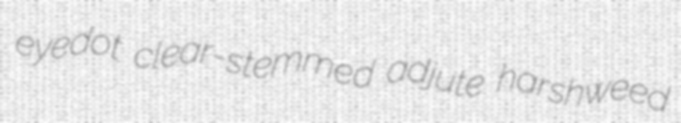
eyedot clear-stemmed adjute harshweed